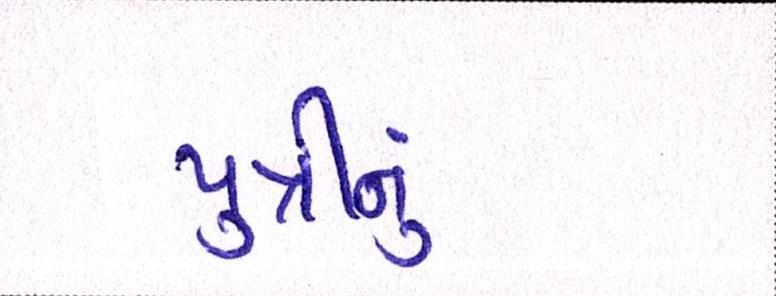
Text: પુત્રીનું